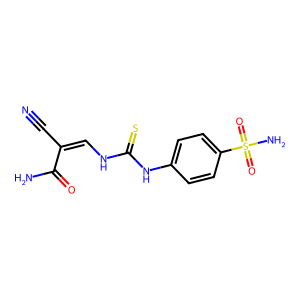
SMILES: N#CC(=CNC(=S)Nc1ccc(S(N)(=O)=O)cc1)C(N)=O
Inhibits HIV replication: No